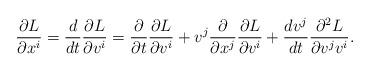
\begin{align*} \frac{\partial L}{\partial x^i}=\frac{d}{dt}\frac{\partial L}{\partial v^i}=\frac{\partial}{\partial t}\frac{\partial L}{\partial v^i}+v^j\frac{\partial}{\partial x^j}\frac{\partial L}{\partial v^i}+\frac{dv^j}{dt}\frac{\partial^2 L}{\partial v^j v^i}.\end{align*}